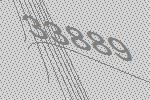
33889